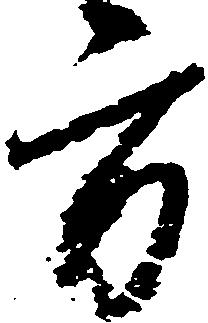
方